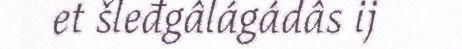
et šleđgâlágádâs ij